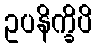
ဥပနိက္ခိပိ